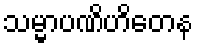
သမ္မာပဏိဟိတေန